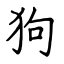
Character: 狗